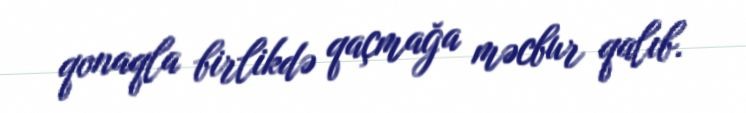
qonaqla birlikdə qaçmağa məcbur qalıb.